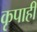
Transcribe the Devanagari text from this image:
कृपाही